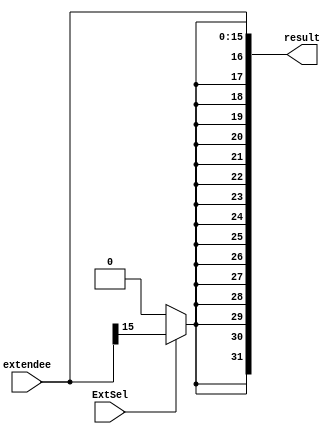
`timescale 1ns / 1ps
//////////////////////////////////////////////////////////////////////////////////
// Company: 
// Engineer: 
// 
// Design Name: 
// Module Name: aignZeroExtend
// Project Name: 
// Target Devices: 
// Tool Versions: 
// Description: 
// 
// Dependencies: 
// 
// Revision:
// Revision 0.01 - File Created
// Additional Comments:
// 
//////////////////////////////////////////////////////////////////////////////////


module aignZeroExtend(
    input[15:0] extendee,
    input ExtSel,
    output reg[31:0] result
    );
    integer i;
    always @(ExtSel or extendee)begin
        for(i = 0; i < 16; i = i+1)
        begin
            result[i] <= extendee[i];
        end
        if(ExtSel == 0)
        begin
            for(i = 16; i < 32; i = i+1)
            begin
                result[i] <= 0;
            end
        end
        else
        begin
            for(i = 16; i < 32; i = i+1)
            begin
                result[i] <= extendee[15];
            end
        end
    end
endmodule